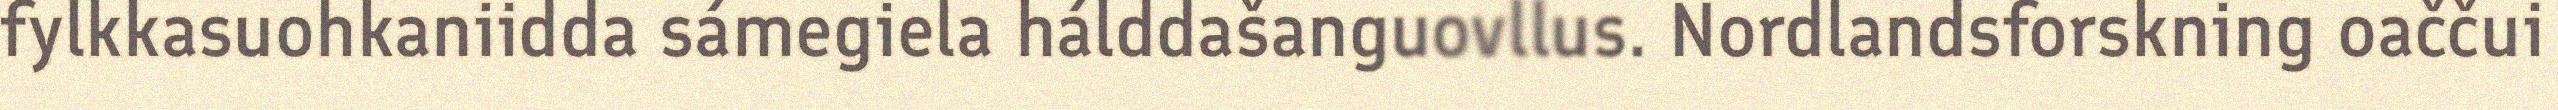
fylkkasuohkaniidda sámegiela hálddašanguovllus. Nordlandsforskning oaččui